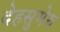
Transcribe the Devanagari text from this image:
देहसुमेरु